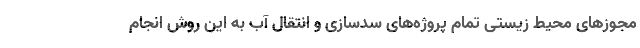
مجوزهای محیط زیستی تمام پروژه‌های سدسازی و انتقال آب به این روش انجام